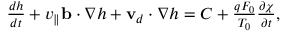
\begin{array} { r } { \frac { d h } { d t } + v _ { \parallel } \mathbf b \cdot \nabla h + \mathbf v _ { d } \cdot \nabla h = C + \frac { q F _ { 0 } } { T _ { 0 } } \frac { \partial \chi } { \partial t } , } \end{array}